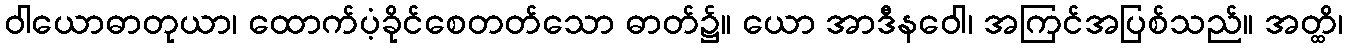
ဝါယောဓာတုယာ၊ ထောက်ပံ့ခိုင်စေတတ်သော ဓာတ်၌။ ယော အာဒီနဝေါ၊ အကြင်အပြစ်သည်။ အတ္ထိ၊